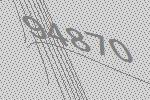
94870